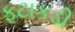
ફટાકડી